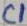
Text: C1